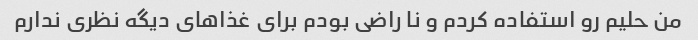
من حلیم رو استفاده کردم و نا راضی بودم برای غذا‌های دیگه نظری ندارم